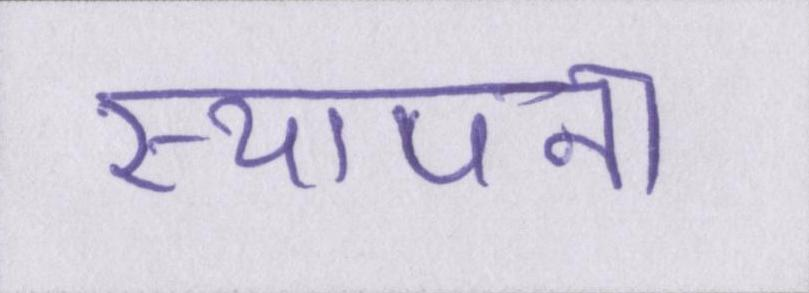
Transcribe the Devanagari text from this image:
स्थापना